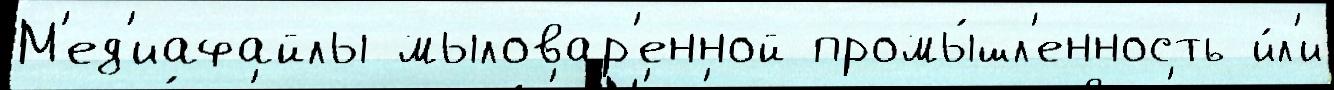
М'ед'иафайлы мыловар'енной промы́шл'енность и́л'и